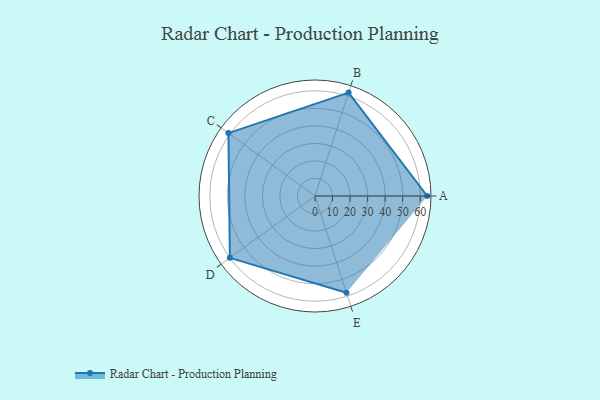
{"axis": {"x": "Skill", "y": "Score"}, "legend": ["Profile"], "data": [{"x": "A", "y": 64.0, "type": "Profile"}, {"x": "B", "y": 62.0, "type": "Profile"}, {"x": "C", "y": 61.0, "type": "Profile"}, {"x": "D", "y": 60.0, "type": "Profile"}, {"x": "E", "y": 58.0, "type": "Profile"}]}